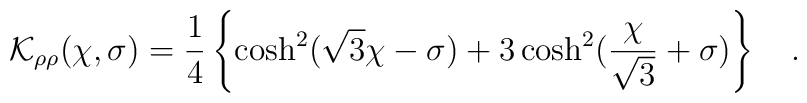
{\cal K}_{\rho\rho}(\chi,\sigma) =\frac{1}{4}\left\{\cosh^2(\sqrt{3}\chi-\sigma)+3\cosh^2(\frac{\chi}{\sqrt{3}}+\sigma) \right\}\quad.